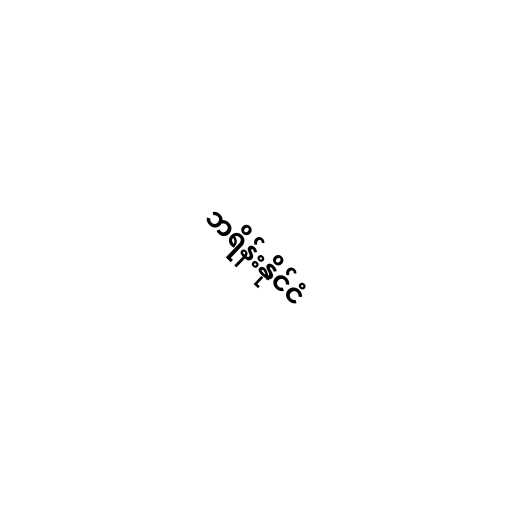
ဘရိန်းနိုင်ငံ